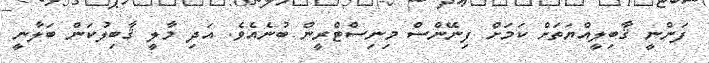
ފަންނީ ޤާބިލީއްޔަތަށް ކަމަށް ފިނޭންސް މިނިސްޓްރީން ބުނެއެވެ. އަދި މާލީ ޤާބިލުކަން ބަލާނީ